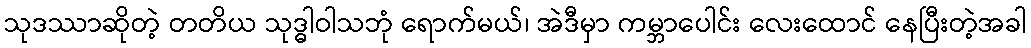
သုဒဿာဆိုတဲ့ တတိယ သုဒ္ဓါဝါသဘုံ ရောက်မယ်၊ အဲဒီမှာ ကမ္ဘာပေါင်း လေးထောင် နေပြီးတဲ့အခါ